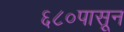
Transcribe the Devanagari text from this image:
६८०पासून